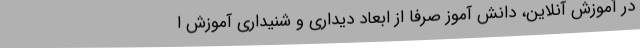
در آموزش آنلاین، دانش آموز صرفا از ابعاد دیداری و شنیداری آموزش ا